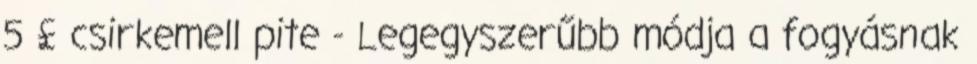
5 £ csirkemell pite - Legegyszerűbb módja a fogyásnak